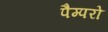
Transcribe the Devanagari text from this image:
पैम्परो